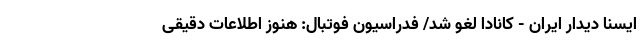
ایسنا دیدار ایران - کانادا لغو شد/ فدراسیون فوتبال: هنوز اطلاعات دقیقی